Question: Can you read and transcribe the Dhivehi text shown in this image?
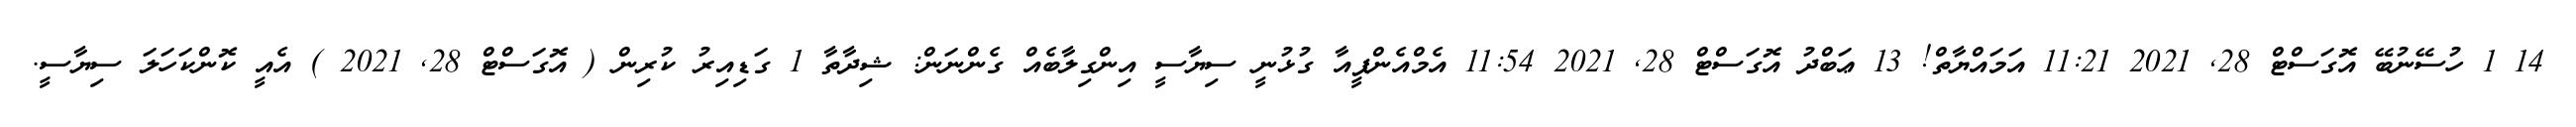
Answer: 14 1 ހުސޭނުބޭ އޮގަސްޓް 28, 2021 11:21 އަމައްޔާތް! 13 ޢަބްދު އޮގަސްޓް 28, 2021 11:54 އެމްއެންޕީއާ ގުޅުނީ ސިޔާސީ އިންގިލާބެއް ގެންނަން: ޝިދާތާ 1 ގަޑިއިރު ކުރިން ( އޮގަސްޓް 28, 2021 ) އެއީ ކޮންކަހަލަ ސިޔާސީ.